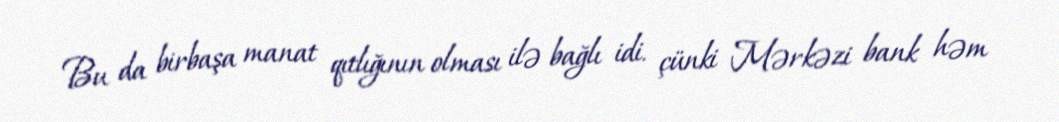
Bu da birbaşa manat qıtlığının olması ilə bağlı idi. çünki Mərkəzi bank həm